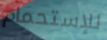
للإستحمام